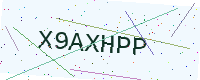
Text: X9AXHPP